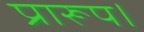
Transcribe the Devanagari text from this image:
प्रारूप।